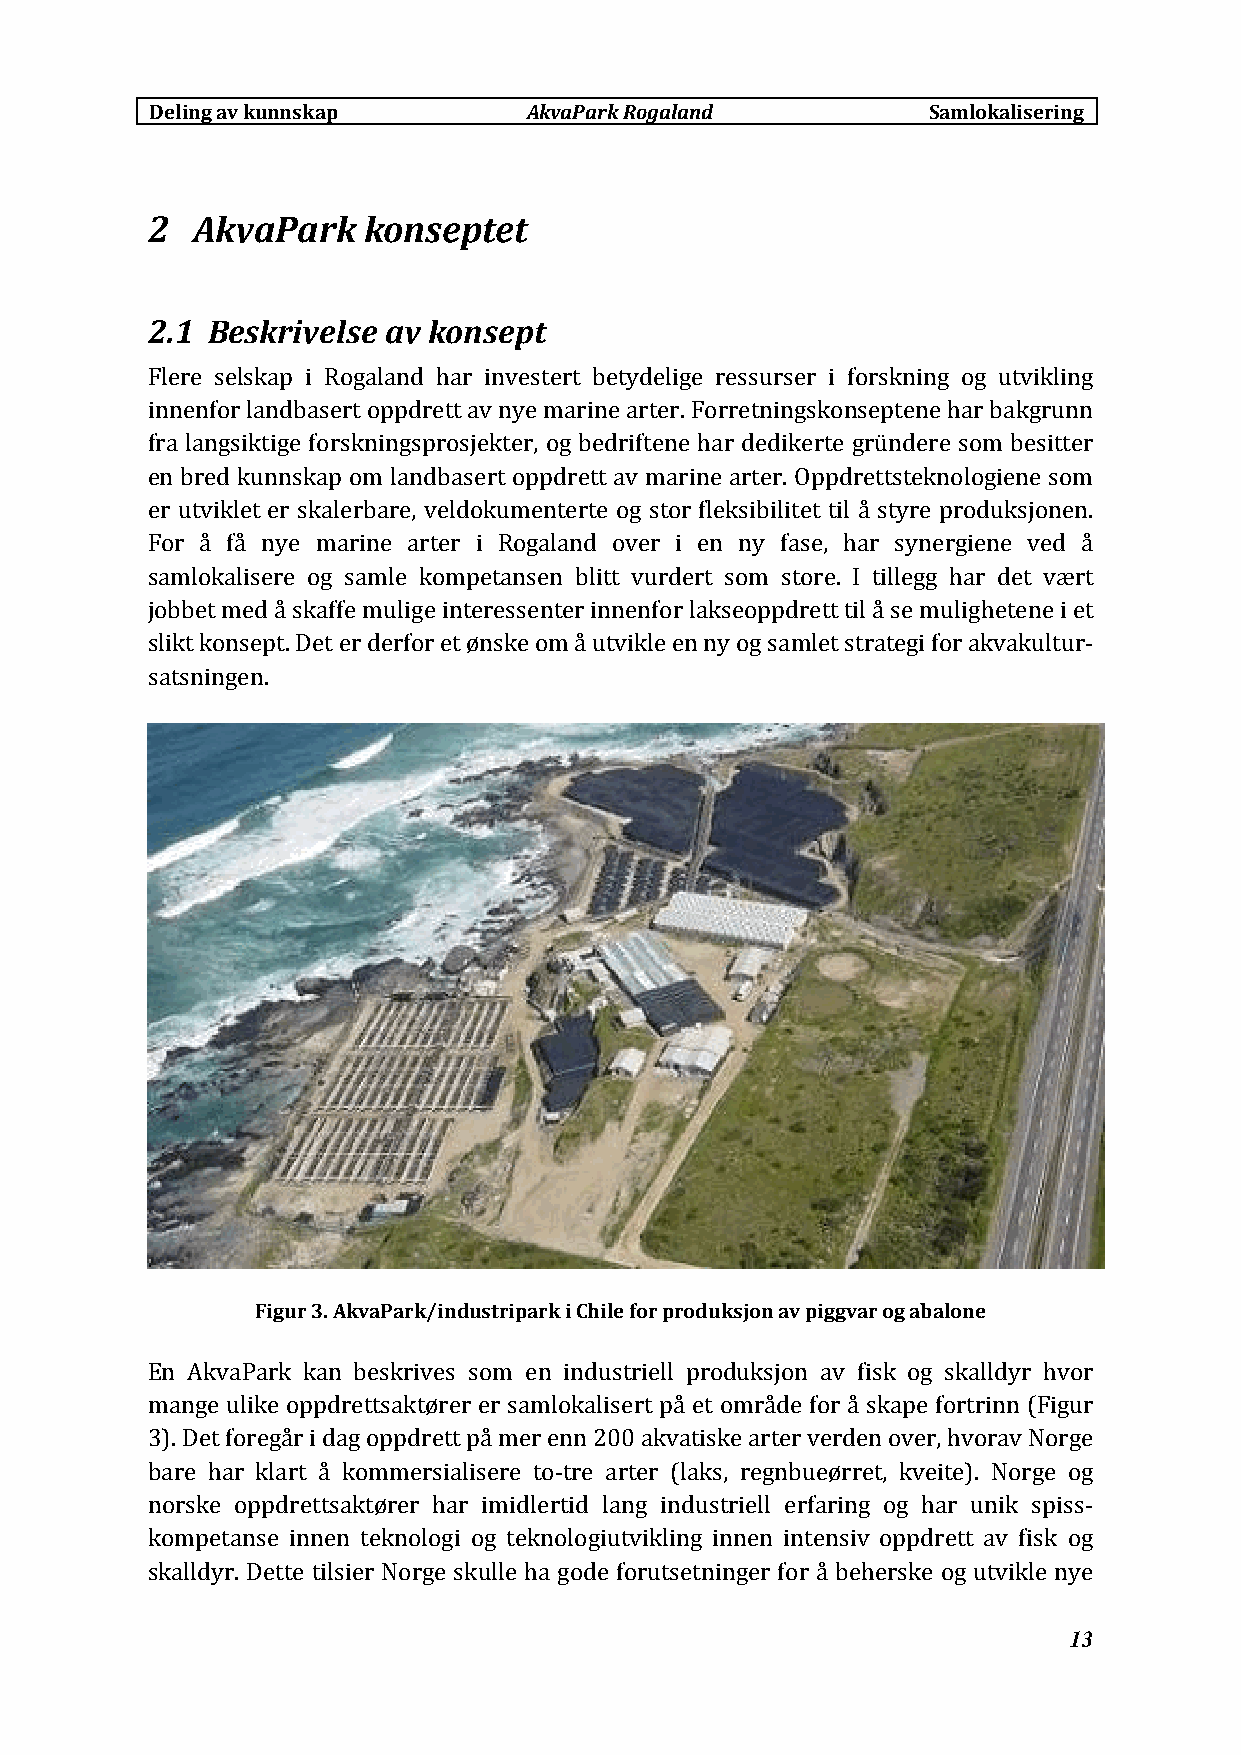
Deling av kunnskap       AkvaParkRogaland          Samlokalisering
 2  AkvaPark   konseptet
 2.1 Beskrivelse av konsept
 Flere selskap i Rogaland har investert betydelige ressurser i forskning og utvikling
 innenfor landbasert oppdrett av nye marine arter. Forretningskonseptene har bakgrunn
 fra langsiktige forskningsprosjekter, og bedriftene har dedikerte gründere som besitter
 en bred kunnskap om landbasert oppdrett av marine arter. Oppdrettsteknologiene som
 er utviklet er skalerbare, veldokumenterte og stor fleksibilitet til å styre produksjonen.
 For å få nye marine arter i Rogaland over i en ny fase, har synergiene ved å
 samlokalisere og samle kompetansen blitt vurdert som store. I tillegg har det vært
 jobbet med å skaffe mulige interessenter innenfor lakseoppdrett til å se mulighetene i et
 slikt konsept. Det er derfor et ønske om å utvikle en ny og samlet strategi for akvakultur‐
 satsningen.
 Figur 3. AkvaPark/industripark i Chile for produksjon av piggvar og abalone
 En AkvaPark kan beskrives som en industriell produksjon av fisk og skalldyr hvor
 mange ulike oppdrettsaktører er samlokalisert på et område for å skape fortrinn (Figur
 3). Det foregår i dag oppdrett på mer enn 200 akvatiske arter verden over, hvorav Norge
 bare har klart å kommersialisere to‐tre arter (laks, regnbueørret, kveite). Norge og
 norske oppdrettsaktører har imidlertid lang industriell erfaring og har unik spiss‐
 kompetanse innen teknologi og teknologiutvikling innen intensiv oppdrett av fisk og
 skalldyr. Dette tilsier Norge skulle ha gode forutsetninger for å beherske og utvikle nye
 13